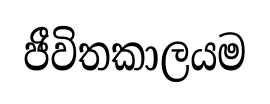
ජීවිතකාලයම